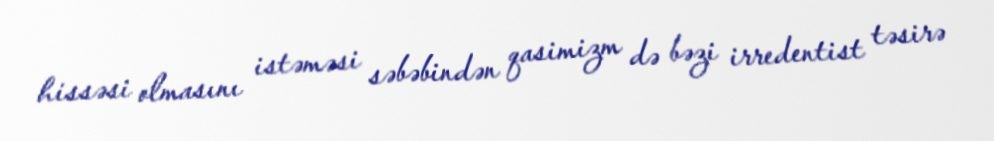
hissəsi olmasını istəməsi səbəbindən qasimizm də bəzi irredentist təsirə